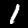
Label: 1